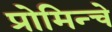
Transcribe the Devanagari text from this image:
प्रोमिन्चे